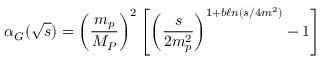
\alpha _ { G } ( \sqrt s ) = \left( \frac { m _ { p } } { M _ { P } } \right) ^ { 2 } \left[ \left( \frac { s } { 2 m _ { p } ^ { 2 } } \right) ^ { 1 + b \ell n ( s / 4 m ^ { 2 } ) } - 1 \right]